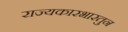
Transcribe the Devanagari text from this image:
राज्यकारभारतुन